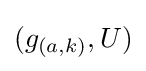
(g_{(a,k)},U)